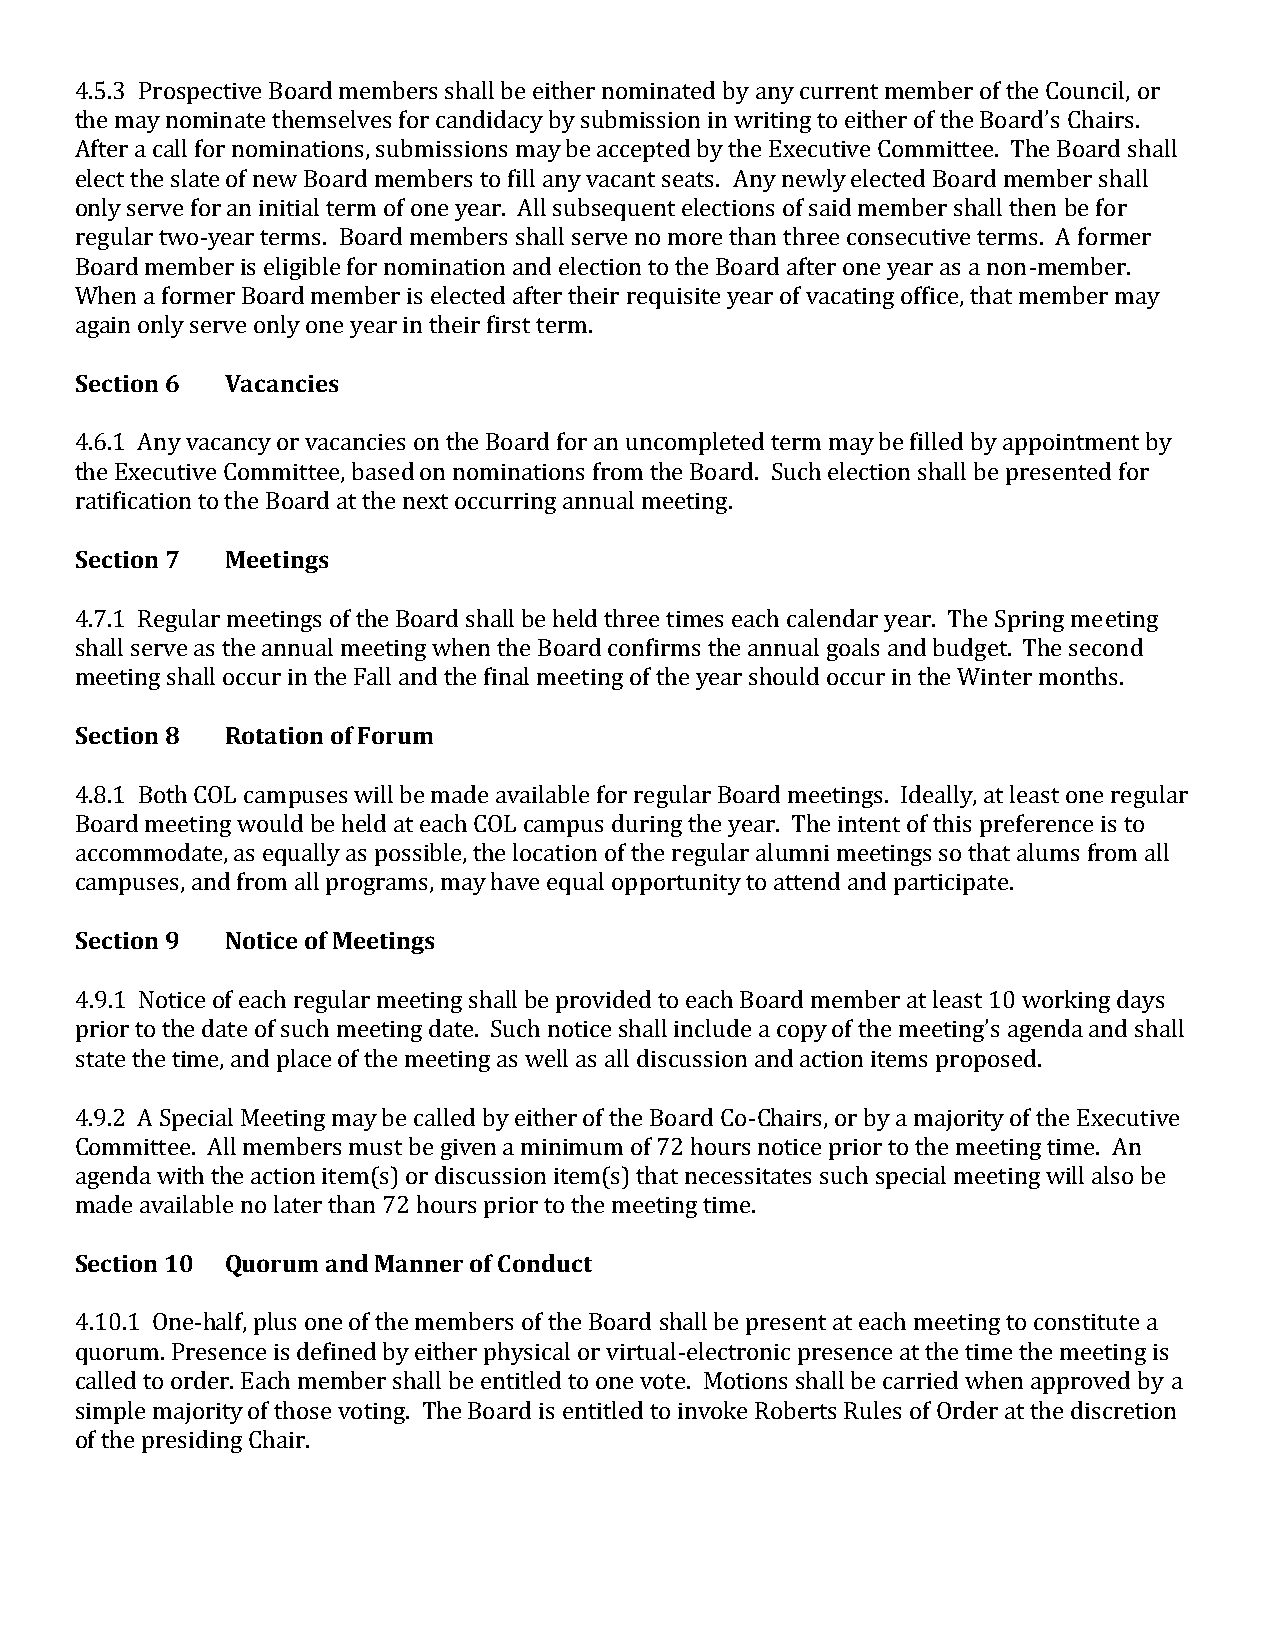
4.5.3 Prospective Board members shall be either nominated by any current member of the Council, or
 the may nominate themselves for candidacy by submission in writing to either of the Board’s Chairs.
 After a call for nominations, submissions may be accepted by the Executive Committee. The Board shall
 elect the slate of new Board members to fill any vacant seats. Any newly elected Board member shall
 only serve for an initial term of one year. All subsequent elections of said member shall then be for
 regular two-year terms. Board members shall serve no more than three consecutive terms. A former
 Board member is eligible for nomination and election to the Board after one year as a non-member.
 When a former Board member is elected after their requisite year of vacating office, that member may
 again only serve only one year in their first term.
 Section 6 Vacancies
 4.6.1 Any vacancy or vacancies on the Board for an uncompleted term may be filled by appointment by
 the Executive Committee, based on nominations from the Board. Such election shall be presented for
 ratification to the Board at the next occurring annual meeting.
 Section 7 Meetings
 4.7.1 Regular meetings of the Board shall be held three times each calendar year. The Spring meeting
 shall serve as the annual meeting when the Board confirms the annual goals and budget. The second
 meeting shall occur in the Fall and the final meeting of the year should occur in the Winter months.
 Section 8 Rotation of Forum
 4.8.1 Both COL campuses will be made available for regular Board meetings. Ideally, at least one regular
 Board meeting would be held at each COL campus during the year. The intent of this preference is to
 accommodate, as equally as possible, the location of the regular alumni meetings so that alums from all
 campuses, and from all programs, may have equal opportunity to attend and participate.
 Section 9 Notice of Meetings
 4.9.1 Notice of each regular meeting shall be provided to each Board member at least 10 working days
 prior to the date of such meeting date. Such notice shall include a copy of the meeting’s agenda and shall
 state the time, and place of the meeting as well as all discussion and action items proposed.
 4.9.2 A Special Meeting may be called by either of the Board Co-Chairs, or by a majority of the Executive
 Committee. All members must be given a minimum of 72 hours notice prior to the meeting time. An
 agenda with the action item(s) or discussion item(s) that necessitates such special meeting will also be
 made available no later than 72 hours prior to the meeting time.
 Section 10 Quorum and Manner of Conduct
 4.10.1 One-half, plus one of the members of the Board shall be present at each meeting to constitute a
 quorum. Presence is defined by either physical or virtual-electronic presence at the time the meeting is
 called to order. Each member shall be entitled to one vote. Motions shall be carried when approved by a
 simple majority of those voting. The Board is entitled to invoke Roberts Rules of Order at the discretion
 of the presiding Chair.